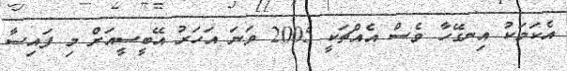
އެކަމަކު އިނގޭހާ ވެސް އެއްޗަކީ 2005 ވަނަ އަހަރު އޭބީސީއަށް މި ފައިސާ